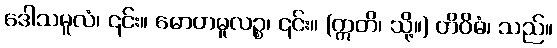
ဒေါသမူလံ၊ ၎င်း။ မောဟမူလဉ္စ၊ ၎င်း။ (ဣတိ၊ သို့။) တိဝိဓံ၊ သည်။